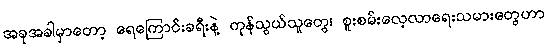
အခုအခါမှာတော့ ရေကြောင်းခရီးနဲ့ ကုန်သွယ်သူတွေ၊ စူးစမ်းလေ့လာရေးသမားတွေဟာ